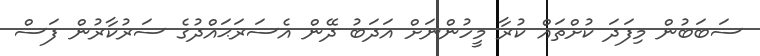
ސަބަބުން މިފަދަ ކުށްތައް ކުރާ މީހުންނަށް އަދަބު ދޭން އެސަރަޙައްދުގެ ސަރުކާރުން ފަސް